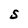
Character: S